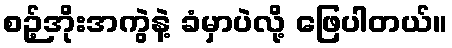
စဉ့်အိုးအကွဲနဲ့ ခံမှာပဲလို့ ဖြေပါတယ်။